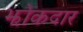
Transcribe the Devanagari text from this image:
झोकदार